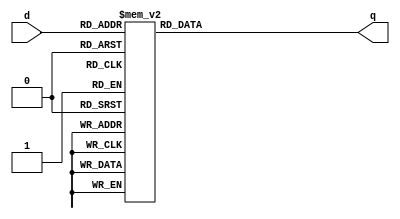
module _3_to_8_decoder (d, q);	// 3to 8 decoder module
	
	input			[2:0]	d;
	output reg 	[7:0]	q;
	
	always @ (d) begin
		case(d)
			3'b000: q = 8'b1;
			3'b001: q = 8'b10;
			3'b010: q = 8'b100;
			3'b011: q = 8'b1000;
			3'b100: q = 8'b10000;
			3'b101: q = 8'b100000;
			3'b110: q = 8'b1000000;
			3'b111: q = 8'b10000000;
			default : q = 8'hx;
		endcase
	end

endmodule